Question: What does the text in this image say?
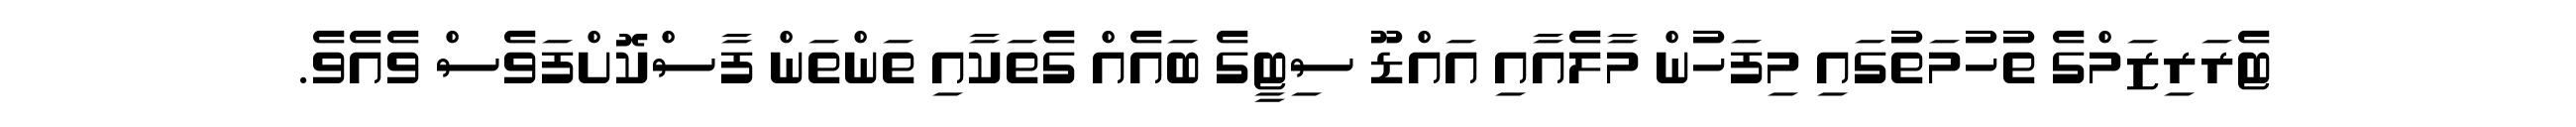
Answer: ޓެރަރިޒަމްގެ ތުހުމަތުގައި މިފަހުން މާލެއާއި އައްޑޫ ސިޓީގެ ބައެއް ގެތަކާއި ތަންތަން ފާސްކޮށްފަވެސް ވެއެވެ.